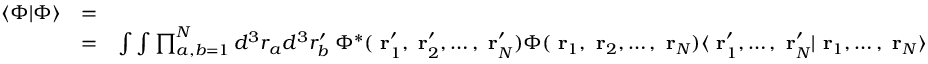
\begin{array} { r l r } { \langle \Phi | \Phi \rangle } & { = } & \\ & { = } & { \int \int \prod _ { a , b = 1 } ^ { N } d ^ { 3 } r _ { a } d ^ { 3 } r _ { b } ^ { \prime } \; \Phi ^ { * } ( \mathrm { \bf ~ r } _ { 1 } ^ { \prime } , \mathrm { \bf ~ r } _ { 2 } ^ { \prime } , \dots , \mathrm { \bf ~ r } _ { N } ^ { \prime } ) \Phi ( \mathrm { \bf ~ r } _ { 1 } , \mathrm { \bf ~ r } _ { 2 } , \dots , \mathrm { \bf ~ r } _ { N } ) \langle \mathrm { \bf ~ r } _ { 1 } ^ { \prime } , \dots , \mathrm { \bf ~ r } _ { N } ^ { \prime } | \mathrm { \bf ~ r } _ { 1 } , \dots , \mathrm { \bf ~ r } _ { N } \rangle } \end{array}